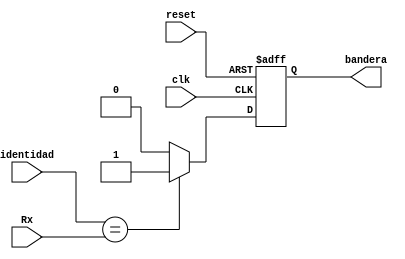
`timescale 1ns / 1ps
//////////////////////////////////////////////////////////////////////////////////
// Company: 
// Engineer: 
// 
// Design Name: 
// Module Name:    Flag 
// Project Name: 
// Target Devices: 
// Tool versions: 
// Description: 
//
// Dependencies: 
//
// Revision: 
// Revision 0.01 - File Created
// Additional Comments: 
//
//////////////////////////////////////////////////////////////////////////////////
module Flag(
		input [1:0]Rx,
		input clk, 
		input reset,
		input [1:0] identidad, 
		output reg bandera
    );
	 
	 always@(posedge clk, posedge reset)
	 	begin
			if (reset)
				bandera<=0;
			else 
				if(identidad == Rx)
					bandera<=1;
				else
					bandera<=0;
		end


endmodule